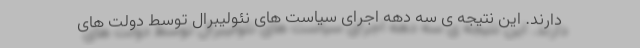
دارند. این نتیجه ی سه دهه اجرای سیاست های نئولیبرال توسط دولت های